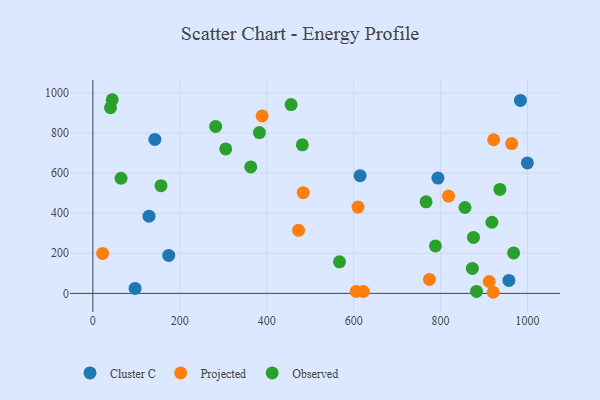
{"axis": {"x": "Investment", "y": "Salary"}, "legend": ["Cluster C", "Observed", "Projected"], "data": [{"x": "614.8", "y": 587.5, "type": "Cluster C"}, {"x": "957.2", "y": 64.7, "type": "Cluster C"}, {"x": "793.9", "y": 575.2, "type": "Cluster C"}, {"x": "999.7", "y": 650.8, "type": "Cluster C"}, {"x": "983.7", "y": 962.7, "type": "Cluster C"}, {"x": "142.7", "y": 768.1, "type": "Cluster C"}, {"x": "174.6", "y": 189.4, "type": "Cluster C"}, {"x": "97.2", "y": 24.7, "type": "Cluster C"}, {"x": "129.2", "y": 385.3, "type": "Cluster C"}, {"x": "473.3", "y": 314.8, "type": "Projected"}, {"x": "484.0", "y": 502.6, "type": "Projected"}, {"x": "921.2", "y": 5.5, "type": "Projected"}, {"x": "963.5", "y": 747.6, "type": "Projected"}, {"x": "610.0", "y": 430.5, "type": "Projected"}, {"x": "818.3", "y": 485.3, "type": "Projected"}, {"x": "774.4", "y": 69.7, "type": "Projected"}, {"x": "622.5", "y": 9.3, "type": "Projected"}, {"x": "922.1", "y": 766.6, "type": "Projected"}, {"x": "22.5", "y": 199.3, "type": "Projected"}, {"x": "605.9", "y": 9.6, "type": "Projected"}, {"x": "389.5", "y": 885.2, "type": "Projected"}, {"x": "911.8", "y": 59.2, "type": "Projected"}, {"x": "873.1", "y": 124.5, "type": "Observed"}, {"x": "567.5", "y": 157.5, "type": "Observed"}, {"x": "918.1", "y": 354.8, "type": "Observed"}, {"x": "482.0", "y": 741.2, "type": "Observed"}, {"x": "875.7", "y": 279.0, "type": "Observed"}, {"x": "788.2", "y": 236.6, "type": "Observed"}, {"x": "282.5", "y": 833.2, "type": "Observed"}, {"x": "156.8", "y": 537.4, "type": "Observed"}, {"x": "64.9", "y": 574.3, "type": "Observed"}, {"x": "383.2", "y": 802.5, "type": "Observed"}, {"x": "44.6", "y": 966.2, "type": "Observed"}, {"x": "882.7", "y": 9.5, "type": "Observed"}, {"x": "936.5", "y": 518.6, "type": "Observed"}, {"x": "40.6", "y": 926.2, "type": "Observed"}, {"x": "305.7", "y": 720.9, "type": "Observed"}, {"x": "363.3", "y": 631.1, "type": "Observed"}, {"x": "766.7", "y": 456.6, "type": "Observed"}, {"x": "968.0", "y": 201.8, "type": "Observed"}, {"x": "856.2", "y": 428.5, "type": "Observed"}, {"x": "456.1", "y": 942.2, "type": "Observed"}]}